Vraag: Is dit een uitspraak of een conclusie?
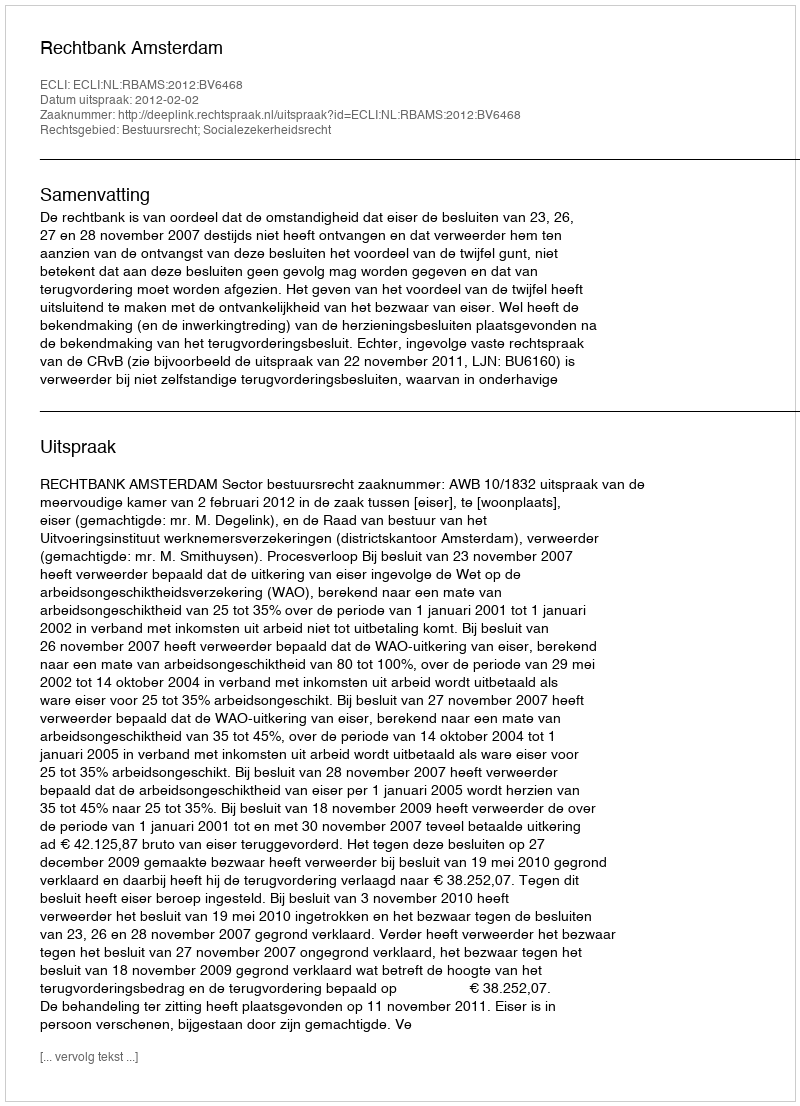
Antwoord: Uitspraak